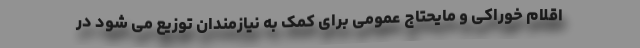
اقلام خوراکی و مایحتاج عمومی برای کمک به نیازمندان توزیع می شود در